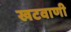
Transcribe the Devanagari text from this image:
खटवाणी